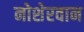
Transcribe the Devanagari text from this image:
नोशेरवान